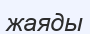
жаяды